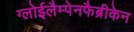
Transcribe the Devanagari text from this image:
ग्लोईलैम्पेनफैब्रीकेन